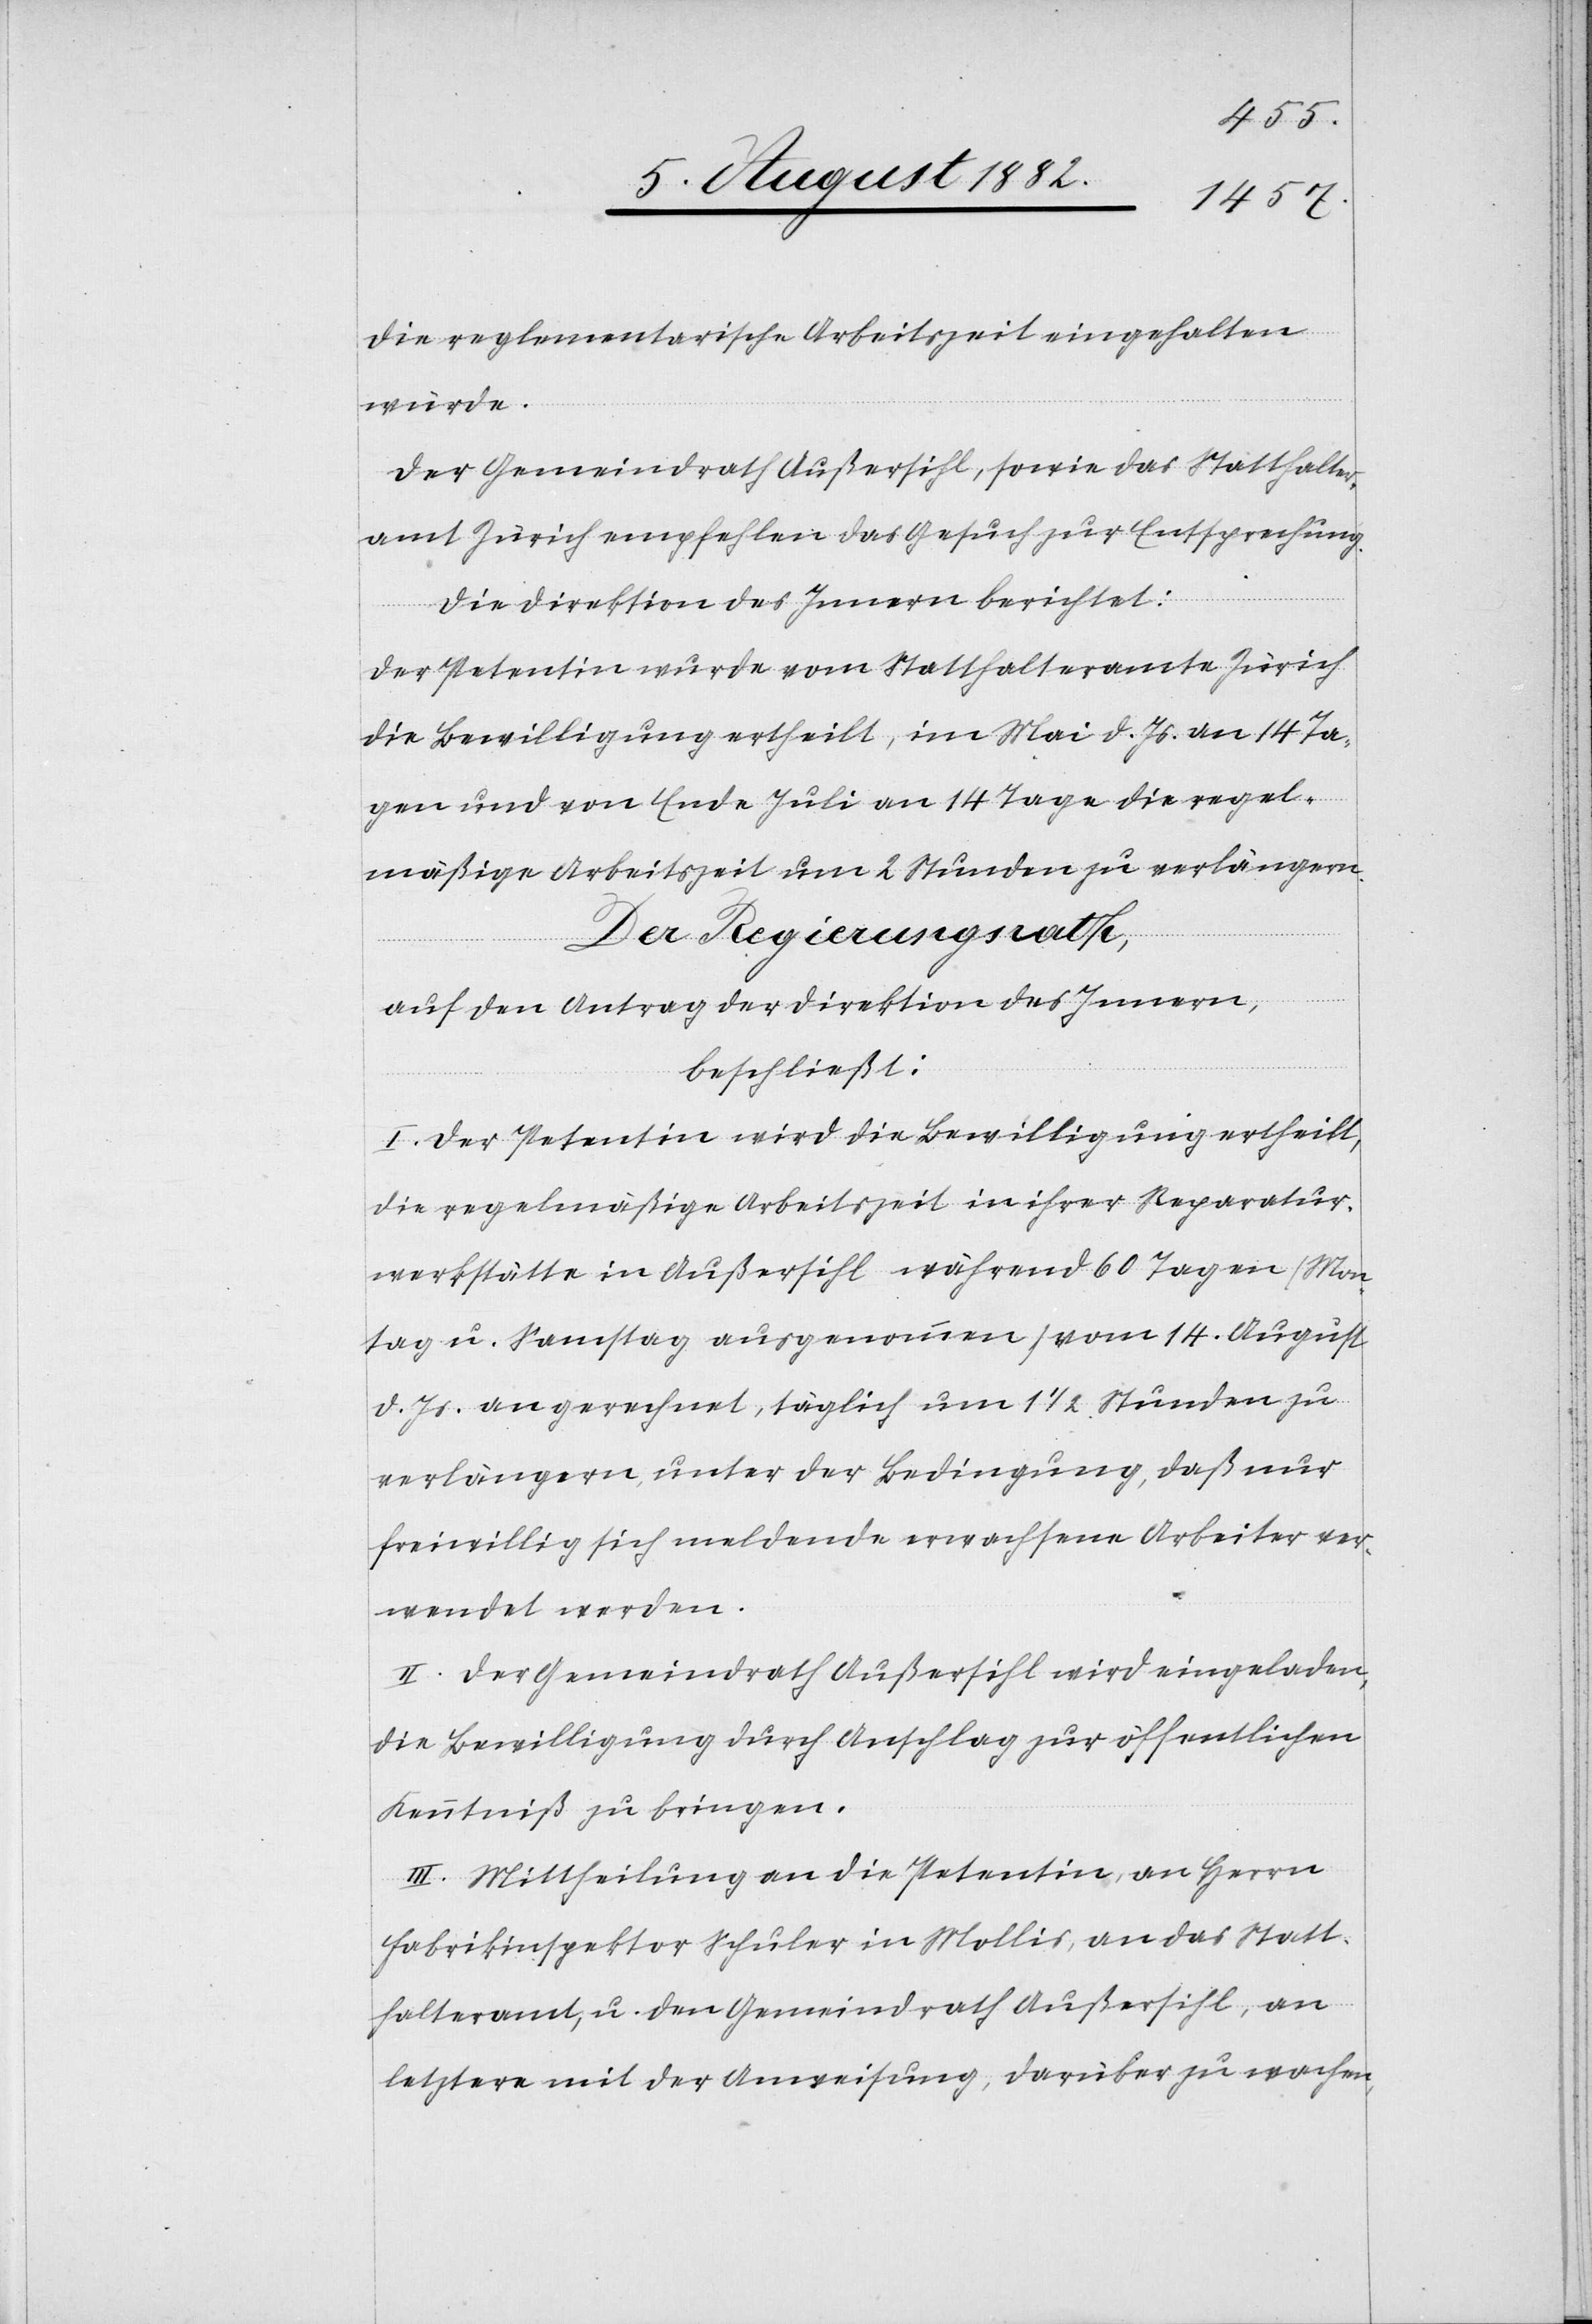
die reglementarische Arbeitszeit eingehalten
würde.
Der Gemeindrath Außersihl, sowie das Statthalter¬
amt Zürich empfehlen das Gesuch zur Entsprechung.
Die Direktion des Innern berichtet:
Der Petentin wurde vom Statthalteramt Zürich
die Bewilligung ertheilt, im Mai d. Js. an 14 Ta¬
gen und von Ende Juli an 14 Tagen die regel¬
mäßige Arbeitszeit um 2 Stunden zu verlängern.
Der Regierungsrath,
auf den Antrag der Direktion des Innern,
beschließt:
I. Der Petentin wird die Bewilligung ertheilt,
die regelmäßige Arbeitszeit in ihrer Reparatur¬
werkstätte in Außersihl während 60 Tagen (Mon¬
tag u. Samstag ausgenommen) vom 14. August
d. Js. an gerechnet, täglich um 1 1/2 Stunden zu
verlängern, unter der Bedingung, daß nur
freiwillig sich meldende erwachsene Arbeiter ver¬
wendet werden.
II. Der Gemeindrath Außersihl wird eingeladen,
die Bewilligung durch Anschlag zur öffentlichen
Kenntniß zu bringen.
III. Mittheilung an die Petentin, an Herrn
Fabrikinspektor Schuler in Mollis, an das Statt¬
halteramt, u. den Gemeindrath Außersihl, an
letztere mit der Anweisung, darüber zu wachen,